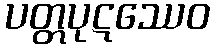
ပတ္တပုဋဿေဝ